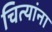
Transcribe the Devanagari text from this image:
चित्यांना